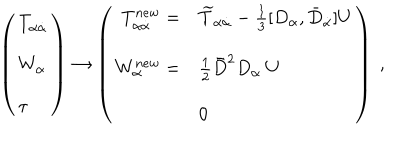
\left( \begin{array} { l } { { T _ { \alpha { \dot { \alpha } } } } } \\ { { W _ { \alpha } } } \\ { { \tau } } \\ \end{array} \right) \to \left( \begin{array} { r l } { { T _ { \alpha { \dot { \alpha } } } ^ { n e w } = } } & { { { \widetilde T } _ { \alpha { \dot { \alpha } } } - \frac { 1 } { 3 } [ D _ { \alpha } , \bar { D } _ { \dot { \alpha } } ] U } } \\ { { W _ { \alpha } ^ { n e w } = } } & { { \frac { 1 } { 2 } { \bar { D } } ^ { 2 } D _ { \alpha } \ U } } \\ { { } } & { { 0 } } \\ \end{array} \right) \ ,